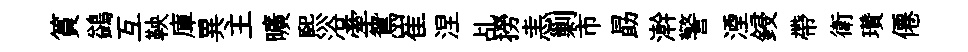
篔鷁互鞅庫異主曠煕浴牽鴛崔涅乩撈恚剿市勗澣警湮鋟帶衛瓚僊